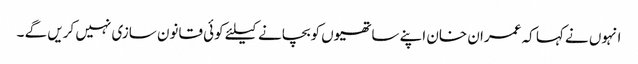
انہوں نے کہا کہ عمران خان اپنے ساتھیوں کوبچانے کیلئے کوئی قانون سازی نہیں کریں گے ۔